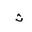
Letter: _tha